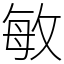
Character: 敏